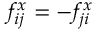
f _ { i j } ^ { x } = - f _ { j i } ^ { x }